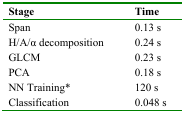
| Stage | Time |
 | --- | --- |
 | Span | 0.13 s |
 | H/A/α decomposition | 0.24 s |
 | GLCM | 0.23 s |
 | PCA | 0.18 s |
 | NN Training* | 120 s |
 | Classification | 0.048 s |